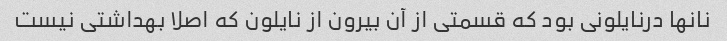
نانها در‌نایلونی بود که قسمتی از آن بیرون از نایلون که اصلا بهداشتی نیست